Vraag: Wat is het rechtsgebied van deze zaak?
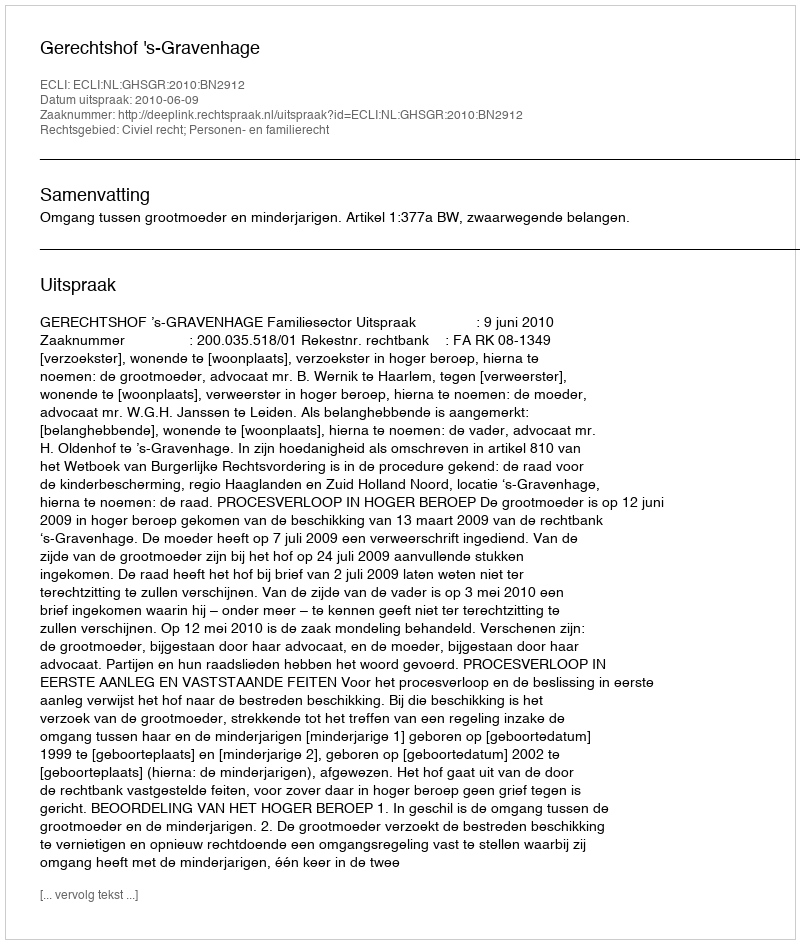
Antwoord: Civiel recht; Personen- en familierecht